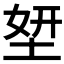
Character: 𡌎